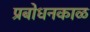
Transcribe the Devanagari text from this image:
प्रबोधनकाळ